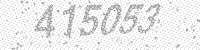
Solution: 415053